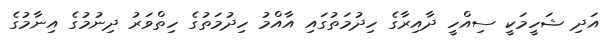
އަދި ޝަހީމަކީ ސިއްހީ ދާއިރާގެ ހިދުމަތުގައި އާއްމު ހިދުމަތުގެ ހިތްވަރު ދިނުމުގެ އިނާމުގެ